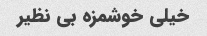
خیلی خوشمزه بی نظیر